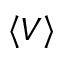
\left\langle V \right\rangle